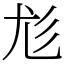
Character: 尨